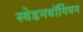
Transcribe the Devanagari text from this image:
स्वेडनबॉर्गियन